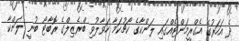
ދެ އަހަރުގެ އެގްރީމަންޓެއްގައި ލަންކާގެ ކޯޗުކަމާ ހަވާލުވި ބްރެޒިލްގެ ރޮބާޓޯ ބުނީ ލަންކާ